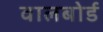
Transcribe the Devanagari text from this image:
वालबोर्ड